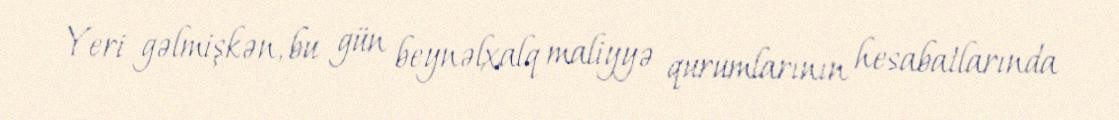
Yeri gəlmişkən, bu gün beynəlxalq maliyyə qurumlarının hesabatlarında